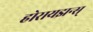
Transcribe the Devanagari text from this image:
होरायझन्स्